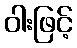
ဝါးဖြင့်